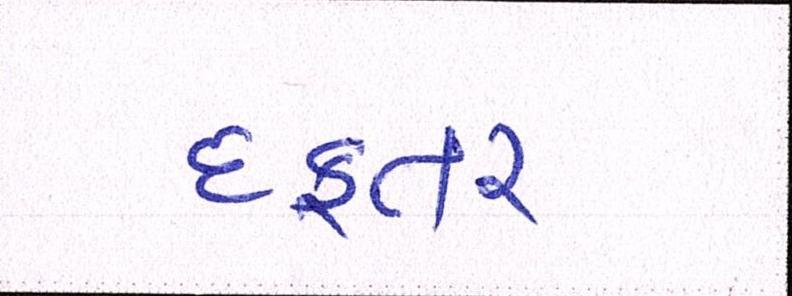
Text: દફતર